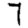
Digit: 7